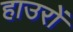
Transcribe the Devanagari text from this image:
हाउरों